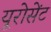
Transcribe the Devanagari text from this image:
यूरोसेंट